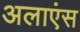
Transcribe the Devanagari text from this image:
अलाएंस